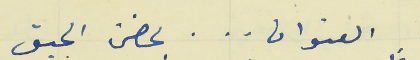
العنوان     .    .    .    بحضن الحبق